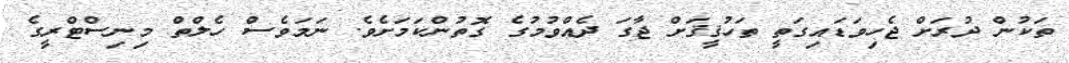
ތަކުން ދުރަށް ޖެހިވަޑައިގަތީ ތަހުޤީޤަށް ޖާގަ ދެއްވުމުގެ ގޮތުންކަމަށެވެ. ނަމަވެސް ހެލްތް މިނިސްޓްރީގެ